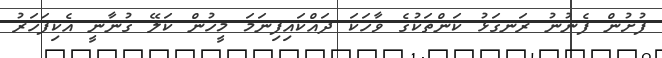
ފުށުން ފެނުނު ރަނގަޅު ކަންތަކުގެ ވާހަކަ ދައްކައިފިނަމަ މީހުން ކަލޭ ގުނާނީ އެކިފަހަރު